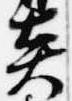
炎